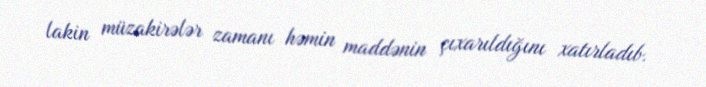
lakin müzakirələr zamanı həmin maddənin çıxarıldığını xatırladıb.